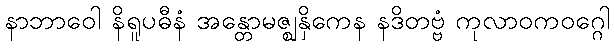
နာဘာဝေါ နိရူပဓီနံ အန္တောမဇ္ဈနှိကေန နဒိတဗ္ဗံ ကုလာဝကဝဂ္ဂေါ